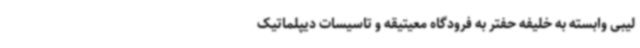
لیبی وابسته به خلیفه حفتر به فرودگاه معیتیقه و تاسیسات دیپلماتیک